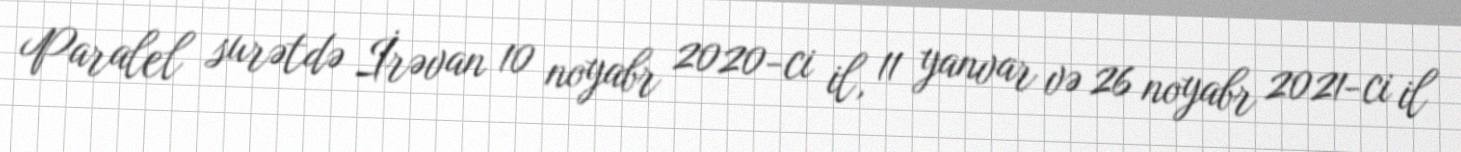
Paralel surətdə İrəvan 10 noyabr 2020-ci il, 11 yanvar və 26 noyabr 2021-ci il